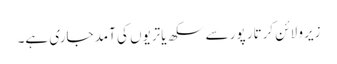
زیرو لائن کرتار پور سے سکھ یاتریوں کی آمد جاری ہے۔